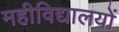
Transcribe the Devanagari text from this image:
महीविद्यालयों